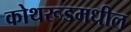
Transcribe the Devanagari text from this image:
कोथरूडमधील